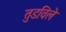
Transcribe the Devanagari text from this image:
तुडविले